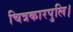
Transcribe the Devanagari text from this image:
चित्रकारपुलि।